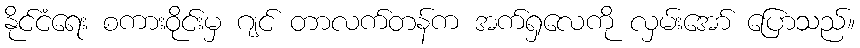
နိုင်ငံရေး စကားဝိုင်းမှ ဂျင် တာလက်တန်က အက်ရှလေကို လှမ်းအော် ပြောသည်။